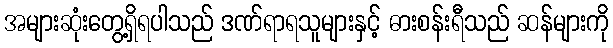
အများဆုံးတွေ့ရှိရပါသည် ဒဏ်ရာရသူများနှင့် ဓားစန်းရီသည် ဆန်များကို